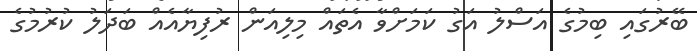
ބޭރުގައި ބިމުގެ އަސްލު އަގު ކަމަށްވާ އެތައް މިލިއަން ރުފިޔާއެއް ބަދަލު ކުރުމުގެ